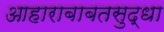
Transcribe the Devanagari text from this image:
आहाराबाबतसुद्धा